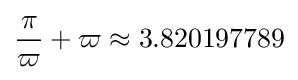
{\frac {\pi }{\varpi }}+\varpi \approx 3.820197789